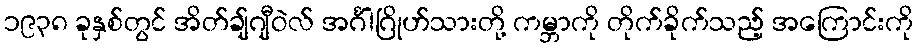
၁၉၃၈ ခုနှစ်တွင် အိတ်ချ်ဂျီဝဲလ် အင်္ဂါဂြိုဟ်သားတို့ ကမ္ဘာကို တိုက်ခိုက်သည့် အကြောင်းကို